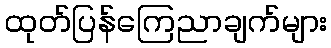
ထုတ်ပြန်ကြေညာချက်များ